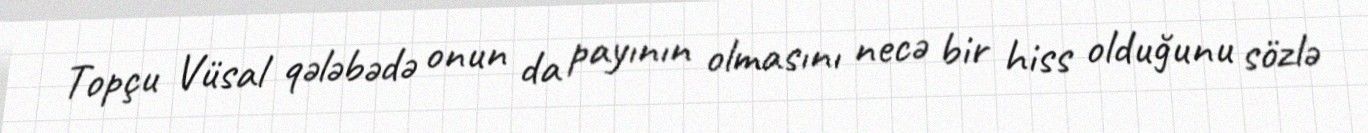
Topçu Vüsal qələbədə onun da payının olmasını necə bir hiss olduğunu sözlə